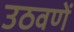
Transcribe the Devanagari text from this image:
उठवणें